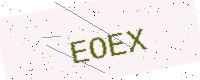
Text: EOEX